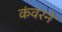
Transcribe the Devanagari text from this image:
कंवरने